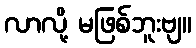
လာလို့ မဖြစ်ဘူးဗျ။